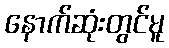
နောက်ဆုံးတွင်မူ